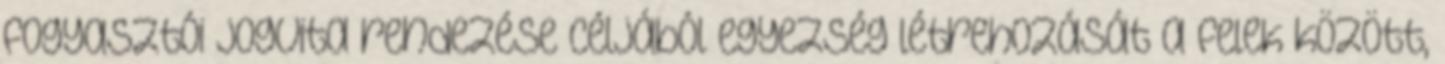
fogyasztói jogvita rendezése céljából egyezség létrehozását a felek között,